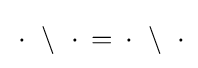
\,\cdot \,\,\setminus \,\,\cdot \,=\,\cdot \,\,\setminus \,\,\cdot